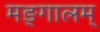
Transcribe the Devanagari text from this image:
मङ्गालम्